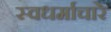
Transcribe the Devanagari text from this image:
स्वधर्माचारे